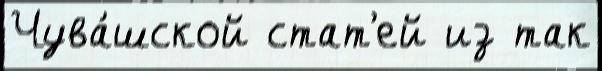
Чува́шской стат'ей из так